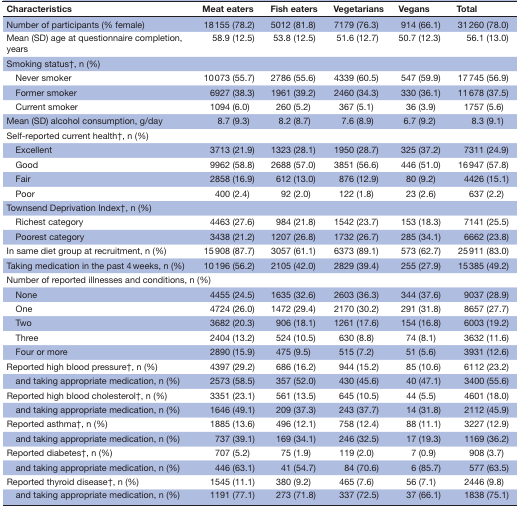
<table><thead><tr><td><b>Characteristics</b></td><td><b>Meat eaters</b></td><td><b>Fish eaters</b></td><td><b>Vegetarians</b></td><td><b>Vegans</b></td><td><b>Total</b></td></tr></thead><tbody><tr><td>Number of participants (% female)</td><td>18 155 (78.2)</td><td>5012 (81.8)</td><td>7179 (76.3)</td><td>914 (66.1)</td><td>31 260 (78.0)</td></tr><tr><td>Mean (SD) age at questionnaire completion, years</td><td>58.9 (12.5)</td><td>53.8 (12.5)</td><td>51.6 (12.7)</td><td>50.7 (12.3)</td><td>56.1 (13.0)</td></tr><tr><td>Smoking status†, n (%)</td><td></td><td></td><td></td><td></td><td></td></tr><tr><td> Never smoker</td><td>10 073 (55.7)</td><td>2786 (55.6)</td><td>4339 (60.5)</td><td>547 (59.9)</td><td>17 745 (56.9)</td></tr><tr><td> Former smoker</td><td>6927 (38.3)</td><td>1961 (39.2)</td><td>2460 (34.3)</td><td>330 (36.1)</td><td>11 678 (37.5)</td></tr><tr><td> Current smoker</td><td>1094 (6.0)</td><td>260 (5.2)</td><td>367 (5.1)</td><td>36 (3.9)</td><td>1757 (5.6)</td></tr><tr><td>Mean (SD) alcohol consumption, g/day</td><td>8.7 (9.3)</td><td>8.2 (8.7)</td><td>7.6 (8.9)</td><td>6.7 (9.2)</td><td>8.3 (9.1)</td></tr><tr><td>Self-reported current health†, n (%)</td><td></td><td></td><td></td><td></td><td></td></tr><tr><td> Excellent</td><td>3713 (21.9)</td><td>1323 (28.1)</td><td>1950 (28.7)</td><td>325 (37.2)</td><td>7311 (24.9)</td></tr><tr><td> Good</td><td>9962 (58.8)</td><td>2688 (57.0)</td><td>3851 (56.6)</td><td>446 (51.0)</td><td>16 947 (57.8)</td></tr><tr><td> Fair</td><td>2858 (16.9)</td><td>612 (13.0)</td><td>876 (12.9)</td><td>80 (9.2)</td><td>4426 (15.1)</td></tr><tr><td> Poor</td><td>400 (2.4)</td><td>92 (2.0)</td><td>122 (1.8)</td><td>23 (2.6)</td><td>637 (2.2)</td></tr><tr><td>Townsend Deprivation Index†, n (%)</td><td></td><td></td><td></td><td></td><td></td></tr><tr><td> Richest category</td><td>4463 (27.6)</td><td>984 (21.8)</td><td>1542 (23.7)</td><td>153 (18.3)</td><td>7141 (25.5)</td></tr><tr><td> Poorest category</td><td>3438 (21.2)</td><td>1207 (26.8)</td><td>1732 (26.7)</td><td>285 (34.1)</td><td>6662 (23.8)</td></tr><tr><td>In same diet group at recruitment, n (%)</td><td>15 908 (87.7)</td><td>3057 (61.1)</td><td>6373 (89.1)</td><td>573 (62.7)</td><td>25 911 (83.0)</td></tr><tr><td>Taking medication in the past 4 weeks, n (%)</td><td>10 196 (56.2)</td><td>2105 (42.0)</td><td>2829 (39.4)</td><td>255 (27.9)</td><td>15 385 (49.2)</td></tr><tr><td colspan="2">Number of reported illnesses and conditions, n (%)</td><td></td><td></td><td></td><td></td></tr><tr><td> None</td><td>4455 (24.5)</td><td>1635 (32.6)</td><td>2603 (36.3)</td><td>344 (37.6)</td><td>9037 (28.9)</td></tr><tr><td> One</td><td>4724 (26.0)</td><td>1472 (29.4)</td><td>2170 (30.2)</td><td>291 (31.8)</td><td>8657 (27.7)</td></tr><tr><td> Two</td><td>3682 (20.3)</td><td>906 (18.1)</td><td>1261 (17.6)</td><td>154 (16.8)</td><td>6003 (19.2)</td></tr><tr><td> Three</td><td>2404 (13.2)</td><td>524 (10.5)</td><td>630 (8.8)</td><td>74 (8.1)</td><td>3632 (11.6)</td></tr><tr><td> Four or more</td><td>2890 (15.9)</td><td>475 (9.5)</td><td>515 (7.2)</td><td>51 (5.6)</td><td>3931 (12.6)</td></tr><tr><td>Reported high blood pressure†, n (%)</td><td>4397 (29.2)</td><td>686 (16.2)</td><td>944 (15.2)</td><td>85 (10.6)</td><td>6112 (23.2)</td></tr><tr><td> and taking appropriate medication, n (%)</td><td>2573 (58.5)</td><td>357 (52.0)</td><td>430 (45.6)</td><td>40 (47.1)</td><td>3400 (55.6)</td></tr><tr><td>Reported high blood cholesterol†, n (%)</td><td>3351 (23.1)</td><td>561 (13.5)</td><td>645 (10.5)</td><td>44 (5.5)</td><td>4601 (18.0)</td></tr><tr><td> and taking appropriate medication, n (%)</td><td>1646 (49.1)</td><td>209 (37.3)</td><td>243 (37.7)</td><td>14 (31.8)</td><td>2112 (45.9)</td></tr><tr><td>Reported asthma†, n (%)</td><td>1885 (13.6)</td><td>496 (12.1)</td><td>758 (12.4)</td><td>88 (11.1)</td><td>3227 (12.9)</td></tr><tr><td> and taking appropriate medication, n (%)</td><td>737 (39.1)</td><td>169 (34.1)</td><td>246 (32.5)</td><td>17 (19.3)</td><td>1169 (36.2)</td></tr><tr><td>Reported diabetes†, n (%)</td><td>707 (5.2)</td><td>75 (1.9)</td><td>119 (2.0)</td><td>7 (0.9)</td><td>908 (3.7)</td></tr><tr><td> and taking appropriate medication, n (%)</td><td>446 (63.1)</td><td>41 (54.7)</td><td>84 (70.6)</td><td>6 (85.7)</td><td>577 (63.5)</td></tr><tr><td>Reported thyroid disease†, n (%)</td><td>1545 (11.1)</td><td>380 (9.2)</td><td>465 (7.6)</td><td>56 (7.1)</td><td>2446 (9.8)</td></tr><tr><td> and taking appropriate medication, n (%)</td><td>1191 (77.1)</td><td>273 (71.8)</td><td>337 (72.5)</td><td>37 (66.1)</td><td>1838 (75.1)</td></tr></tbody></table>